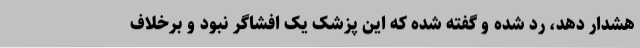
هشدار دهد، رد شده و گفته شده که این پزشک یک افشاگر نبود و برخلاف